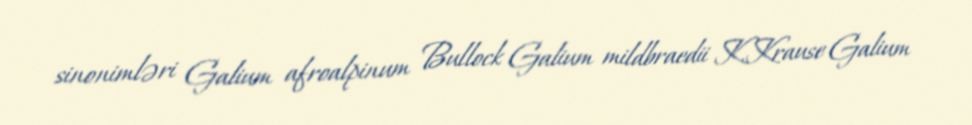
sinonimləri Galium afroalpinum Bullock Galium mildbraedii K.Krause Galium